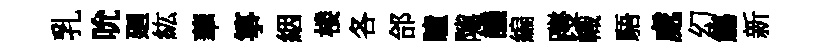
乳吮廻紘華箏絪楼各郃瞳隲譏編躞幟䮏處幻觴新